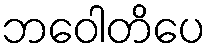
ဘဝေါတိပေ